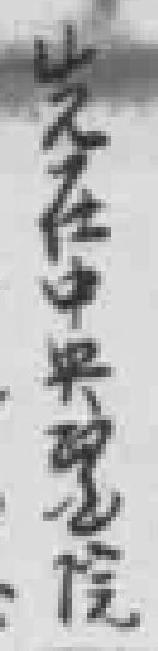
先在中央醫院